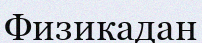
Физикадан